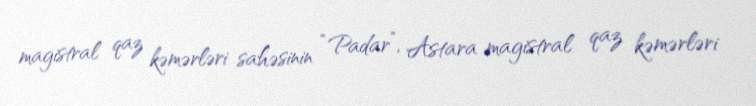
magistral qaz kəmərləri sahəsinin “Padar”, Astara magistral qaz kəmərləri